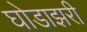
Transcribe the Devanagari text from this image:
घोडाझरी